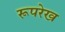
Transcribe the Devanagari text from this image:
रूपरेख